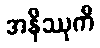
အနိဿုကီ